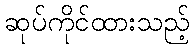
ဆုပ်ကိုင်ထားသည့်